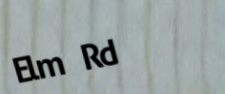
Elm Rd